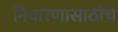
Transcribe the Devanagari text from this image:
निवारणासाठीचे